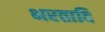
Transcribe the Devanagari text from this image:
भरतादि